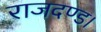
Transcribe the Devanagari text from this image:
राजदण्ड।